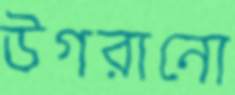
উগরানো